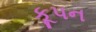
કૂપન